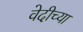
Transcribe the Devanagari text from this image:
वेदीच्या